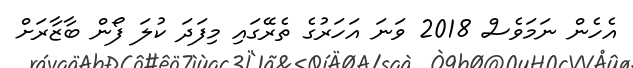
އެހެން ނަމަވެސް 2018 ވަނަ އަހަރުގެ ތެރޭގައި މިފަދަ ކުލަ ފޯން ބާޒާރަށް